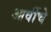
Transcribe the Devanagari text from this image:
आर्वीचे